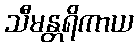
သီမန္တရိကာယ